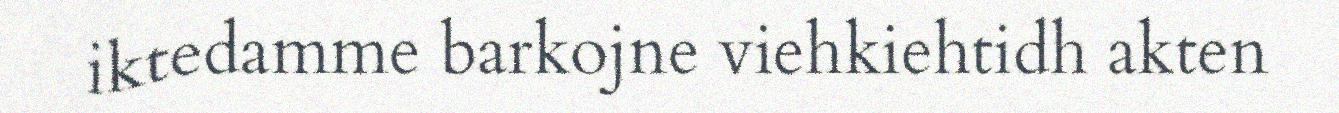
iktedamme barkojne viehkiehtidh akten